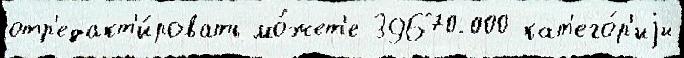
отр'едакт'и́ровать мо́жет'е 39670-000 кат'его́р'иjи